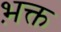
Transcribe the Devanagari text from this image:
भ़क्त